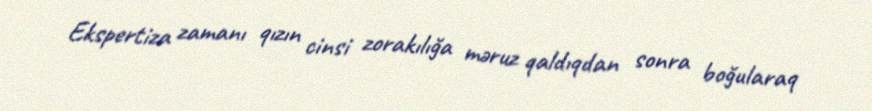
Ekspertiza zamanı qızın cinsi zorakılığa məruz qaldıqdan sonra boğularaq